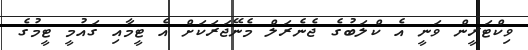
ވިކްޓަރީން ވަނީ އެ ކްލަބުގެ ޖެނެރަލް މެނޭޖަރަކަށް އެ ޓީމާއި ގައުމީ ޓީމުގެ